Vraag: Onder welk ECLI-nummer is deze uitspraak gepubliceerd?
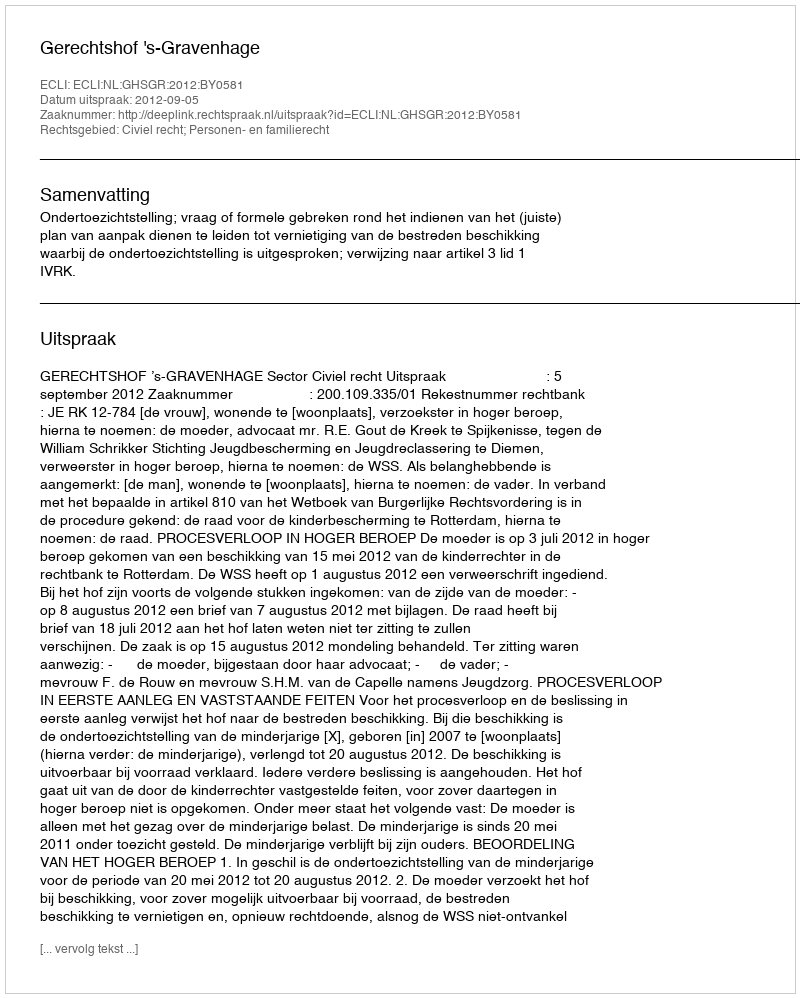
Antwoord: ECLI:NL:GHSGR:2012:BY0581